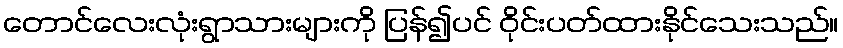
တောင်လေးလုံးရွာသားများကို ပြန်၍ပင် ဝိုင်းပတ်ထားနိုင်သေးသည်။